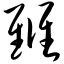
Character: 雠